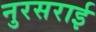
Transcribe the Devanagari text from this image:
नुरसराई